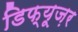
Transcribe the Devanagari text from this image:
डिफ्यूज़र